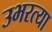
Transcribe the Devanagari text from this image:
उभरत्या